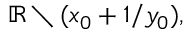
\mathbb { R } \setminus ( x _ { 0 } + 1 / y _ { 0 } ) ,